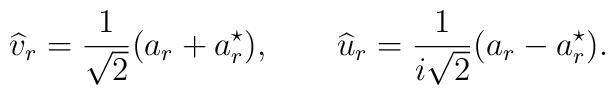
\widehat v_r = \frac{1}{\sqrt 2} (a_r + a_r^\star), \qquad \widehat u_r =\frac{1}{i\sqrt 2} (a_r - a_r^\star).